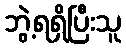
ဘွဲ့ရရှိပြီးသူ